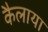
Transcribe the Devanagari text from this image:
कैलाया